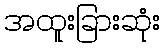
အထူးခြားဆုံး